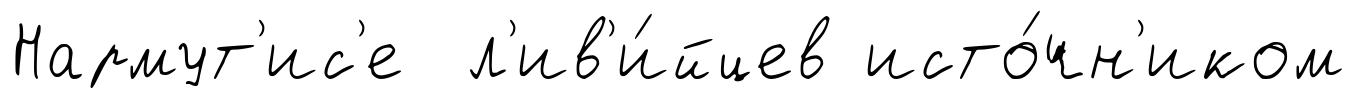
Нармут'ис'е л'ив'и́йцев исто́чн'иком